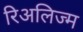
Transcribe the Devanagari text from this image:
रिअलिज्म